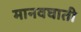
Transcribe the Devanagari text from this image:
मानवघाती